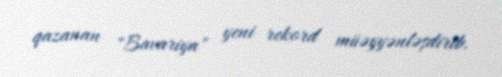
qazanan "Bavariya" yeni rekord müəyyənləşdirib.